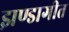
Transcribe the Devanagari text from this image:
झण्डागीत